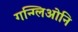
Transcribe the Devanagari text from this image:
गन्ग्लिओनि